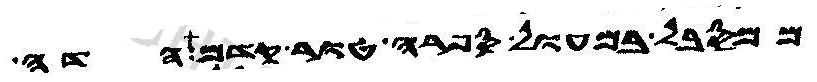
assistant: ממסבל במעול ספרה טור קדם הדה